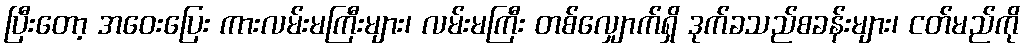
ပြီးတော့ အဝေးပြေး ကားလမ်းမကြီးများ၊ လမ်းမကြီး တစ်လျှောက်ရှိ ဒုက်ခသည်စခန်းများ၊ ငတ်မည်ကို